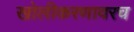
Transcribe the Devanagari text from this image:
खोलीकरणावरच